Report on sanitation, dispensaries, and jails in Rajputana for 1910, and on vaccination for the year 1910-1911 - 1910-1911
Year: 1910
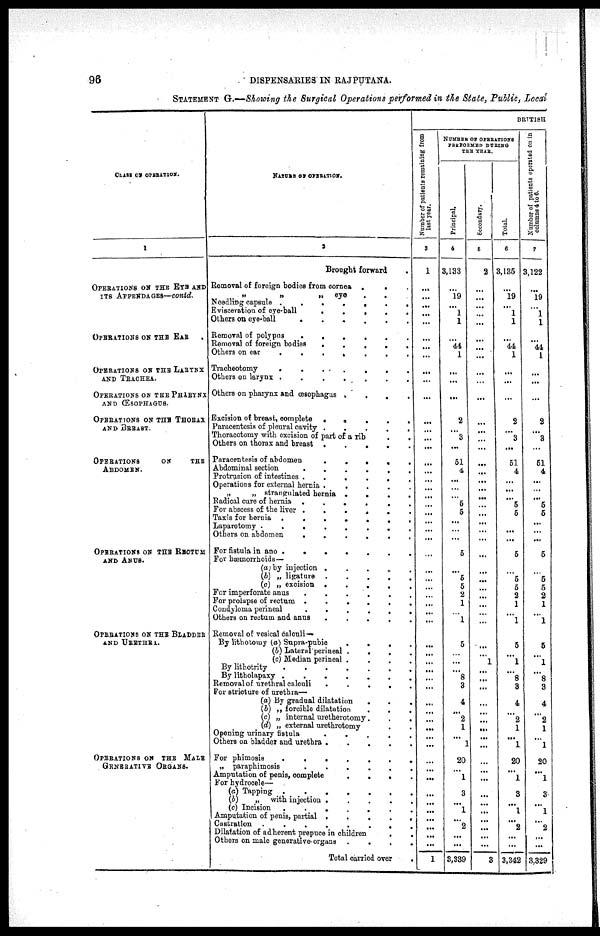
96
DISPENSARIES IN RAJPUTANA.
STATEMENT G.—Showing the Surgical Operations performed in the State, Public, Local
CLASS OF OPERATION.
1
OPERATIONS ON THE EYE AND
ITS APPENDAGES—contd.
OPERATIONS ON THE EAR
OPERATIONS ON THE LARYNX
AND TRACHEA.
OPERATIONS ON THE PHARYNX
AND ŒSOPHAGUS.
OPERATIONS ON THE THORAX
AND BREAST.
OPERATIONS
ON
THE
ABDOMEN.
OPERATIONS ON THE RECTUM
AND ANUS.
OPERATIONS ON THE BLADDER
AND URETHRA.
OPERATIONS ON THE MALR
GENERATIVE ORGANS.
NATUER OF OPERATION.
2
Brought forward
.
Removal of foreign bodies from cornea.
. .
„
„
„
eye
.
.
Needling capsule .
.
.
.
.
.
.
Evisceration of eye-ball
.
.
.
.
.
Others on eye-ball
.
.
.
.
.
.
Removal of polypus
.
.
.
.
.
.
Removal of foreign bodies
.
.
.
.
.
Others on ear
.
.
.
.
.
.
Tracheotomy
.
.
.
.
.
.
.
Others on larynx .
.
.
.
.
.
.
Others on pharynx and œsophagus.
.
. .
Excision of breast, complete .
. .
.
.
.
Paracentesis of pleural cavity.
.
.
.
.
Thoracotomy with excision of part of a rib
.
.
Others on thorax and breast .
.
.
.
.
Paracentesis of abdomen
.
.
.
.
.
Abdominal section
.
.
.
.
.
.
Protrusion of intestines .
.
.
.
.
.
Operations for external hernia .
.
.
.
. .
„
„strangulated hernia .
.
.
.
Radical cure of hernia .
.
.
.
.
.
For abscess of the liver .
.
.
.
.
.
Taxis for hernia .
.
.
.
.
.
.
Laparotomy .
.
.
.
.
.
.
.
Others on abdomen
.
.
.
.
.
.
For fistula in ano .
.
.
.
.
.
.
For hœmorrhoids—
(a) by injection . . . . .
(b)„ ligature .
.
.
.
.
(c)„ excision .
.
.
.
.
For imperforate anus
.
.
.
.
.
.
For prolapse of rectum.
.
.
.
.
.
Condyloma perineal . . . . . .
Others on rectum and anus
.
.
.
.
.
Removal of vesical calculi—
By lithotomy (a) Supra-pubic
.
.
.
.
(b) Lateral perineal .
.
.
.
(c) Median perineal .
.
.
.
By lithotrity
.
.
.
.
.
.
.
By litholapaxy. . . . . . .
Removal of urethral calculi
.
.
.
.
.
For stricture of urethra—
(a) By gradual dilatation
.
.
.
(b) „ forcible dilatation . . .
(c)„ internal uretherotomy .
.
.
(d) „ external urethrotomy . .
Opening urinary
fistula
.
.
.
.
.
Others on bladder and urethra .
. .
.
.
For phimosis.
.
.
.
.
.
.
„ paraphimosis
.
.
.
.
.
.
Amputation of penis, complete
.
.
.
.
For hydrocele—
(a) Tapping .
.
.
.
.
.
.
(b)„
with injection .
.
.
.
.
(c) Incision
.
.
.
.
.
.
.
Amputation of penis, partial .
.
.
.
.
Castration .
.
.
.
.
.
.
.
Dilatation of adherent prepuce in children
Others on male generative organs .
.
.
.
Total carried over .
BRITISH
Number of patients remaining from
last year.
3
1
...
...
...
...
...
...
...
...
...
...
...
...
...
...
...
...
...
...
...
...
...
...
...
...
...
...
...
...
...
...
...
...
...
...
...
...
...
...
...
...
...
...
...
...
...
...
...
...
...
...
...
...
...
...
...
1
NUMBER OF OPERATIONS
PERFORMED DURING
THE YEAR.
Principal.
4
3,133
...
19
...
1
1
...
44
1
...
...
...
2
...
3
...
51
4
...
...
...
5
5
...
...
...
5
...
5
5
2
1
...
1
5
...
...
...
8
3
4
...
2
1
...
1
20
...
1
3
...
1
...
2
...
...
3,339
Secondary.
5
2
...
...
...
...
...
...
...
...
...
...
...
...
...
...
...
...
...
...
...
...
...
...
...
...
...
...
...
...
...
...
...
...
...
...
...
1
...
...
...
...
...
...
...
...
...
...
...
...
...
...
...
...
...
...
...
3
Total.
6
3,135
...
19
...
1
1
...
44
1
...
...
...
2
...
3
...
51
4
...
...
...
5
5
...
...
...
5
...
5
5
2
1
...
1
5
...
1
...
8
3
4
...
2
1
...
1
20
...
1
3
...
1
...
2
...
...
3,342
Number of patients operated on in
columns 4 to 6.
7
3,122
...
19
...
1
1
...
44
1
...
...
...
2
...
3
...
51
4
...
...
...
5 5
...
...
...
5
...
5
5
2
1
...
1
5
...
1
...
8
3
4
...
2
1
...
1
20
...
1
3
...
1
...
2
...
...
3,329